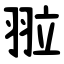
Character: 翋